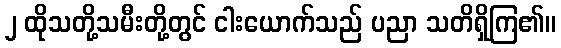
၂ ထိုသတို့သမီးတို့တွင် ငါးယောက်သည် ပညာ သတိရှိကြ၏။